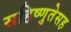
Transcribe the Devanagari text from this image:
सहिष्णुतेसह